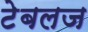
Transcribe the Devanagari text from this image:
टेबलज